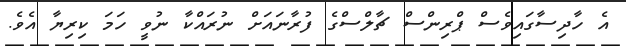
އެ ހާދިސާގައިވެސް ޕްރިންސް ޗާލްސްގެ ފުރާނައަށް ނުރައްކާ ނުވީ ހަމަ ކިރިޔާ އެވެ.